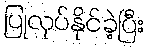
ပြုလုပ်နိုင်ခဲ့ပြီး